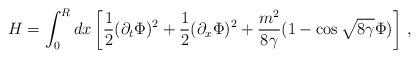
\begin{align*}H=\int _0^R dx \left [ \frac {1}{2} (\partial _t \Phi )^2 + \frac {1}{2}(\partial _x \Phi )^2 + \frac {m^2}{8\gamma}(1-\cos {\sqrt {8\gamma}}\Phi )\right ] \, ,\end{align*}